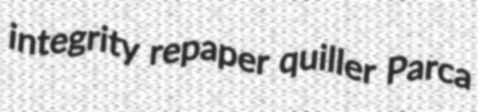
integrity repaper quiller Parca